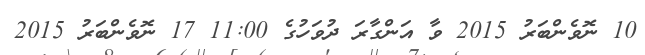
10 ނޮވެންބަރު 2015 ވާ އަންގާރަ ދުވަހުގެ 11:00 17 ނޮވެންބަރު 2015